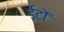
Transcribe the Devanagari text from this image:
ईटोंं